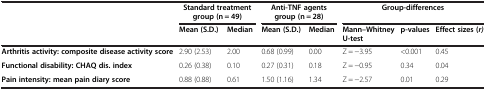
|  | <COLSPAN=2> Standard treatment group (n = 49) | <COLSPAN=2> Anti-TNF agents group (n = 28) | <COLSPAN=3> Group-differences |
 |  | Mean (S.D.) | Median | Mean (S.D.) | Median | Mann–Whitney U-test | p-values | Effect sizes (r) |
 | --- | --- | --- | --- | --- | --- | --- | --- |
 | Arthritis activity: composite disease activity score | 2.90 (2.53) | 2.00 | 0.68 (0.99) | 0.00 | Z = −3.95 | <0.001 | 0.45 |
 | Functional disability: CHAQ dis. index | 0.26 (0.38) | 0.10 | 0.27 (0.31) | 0.18 | Z = −0.95 | 0.34 | 0.04 |
 | Pain intensity: mean pain diary score | 0.88 (0.88) | 0.61 | 1.50 (1.16) | 1.34 | Z = −2.57 | 0.01 | 0.29 |